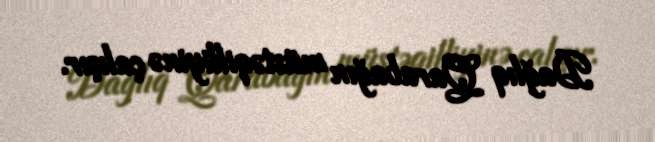
Dağlıq Qarabağın müstəqilliyinə çalışır.